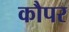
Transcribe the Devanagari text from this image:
कौपर